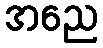
အညေ